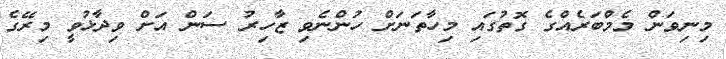
މިނިވަން މެމްބަރެއްގެ ގޮތުގައި މިހާތަނަށް ހުންނެވި ޒާހިރު ސަން އަށް ވިދާޅުވީ މިރޭގެ